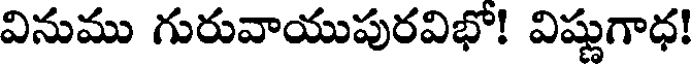
వినుము గురువాయుపురవిభో! విష్ణుగాధ!